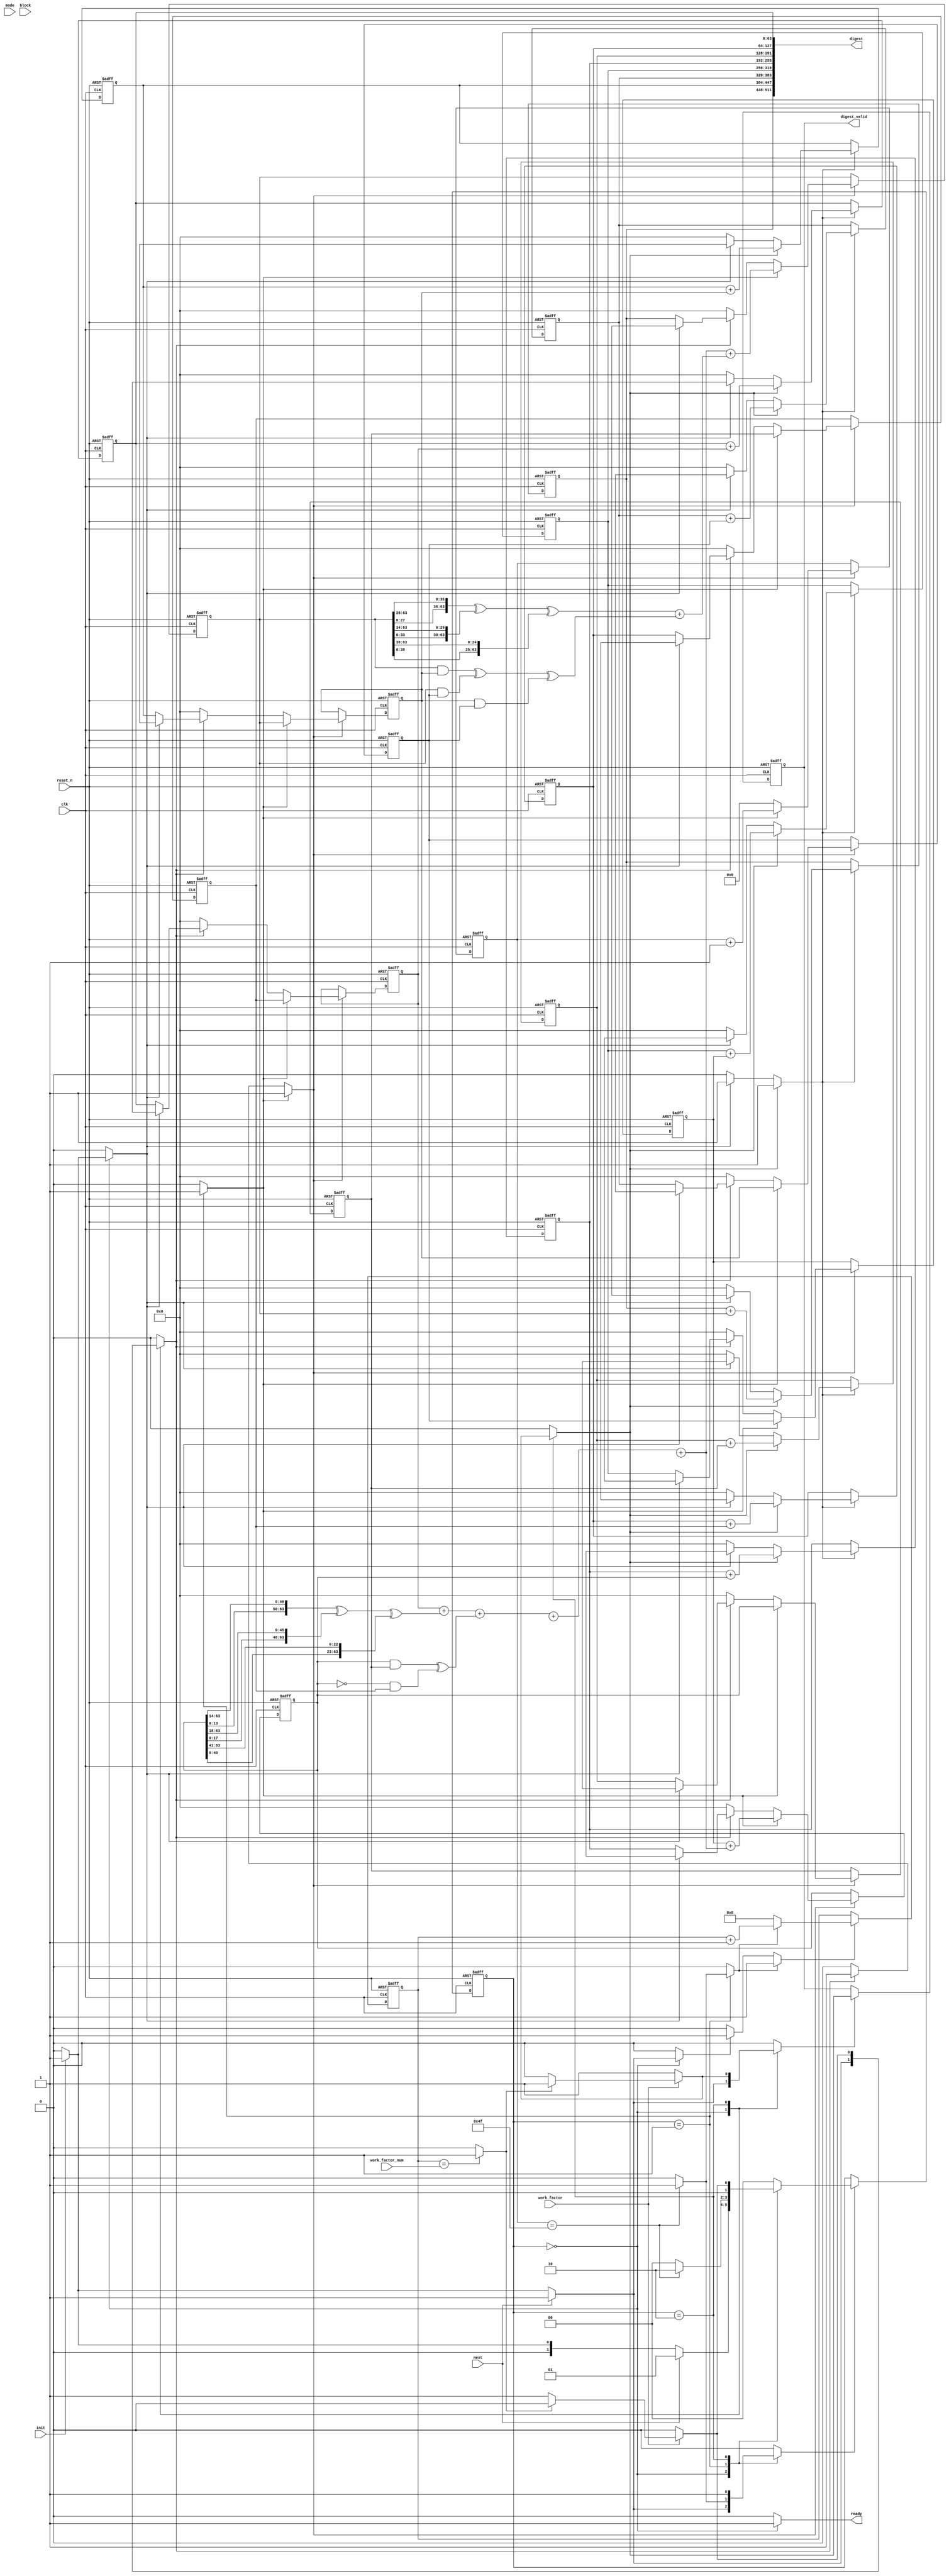
// This program was cloned from: https://github.com/NYU-MLDA/OpenABC
// License: BSD 3-Clause "New" or "Revised" License

module sha3_core(
                   input wire            clk,
                   input wire            reset_n,

                   input wire            init,
                   input wire            next,
                   input wire [1 : 0]    mode,

                   input wire            work_factor,
                   input wire [31 : 0]   work_factor_num,

                   input wire [1023 : 0] block,

                   output wire           ready,
                   output wire [511 : 0] digest,
                   output wire           digest_valid
                  );


  //----------------------------------------------------------------
  // Internal constant and parameter definitions.
  //----------------------------------------------------------------
  parameter SHA512_ROUNDS = 79;

  parameter CTRL_IDLE   = 0;
  parameter CTRL_ROUNDS = 1;
  parameter CTRL_DONE   = 2;


  //----------------------------------------------------------------
  // Registers including update variables and write enable.
  //----------------------------------------------------------------
  reg [63 : 0] a_reg;
  reg [63 : 0] a_new;
  reg [63 : 0] b_reg;
  reg [63 : 0] b_new;
  reg [63 : 0] c_reg;
  reg [63 : 0] c_new;
  reg [63 : 0] d_reg;
  reg [63 : 0] d_new;
  reg [63 : 0] e_reg;
  reg [63 : 0] e_new;
  reg [63 : 0] f_reg;
  reg [63 : 0] f_new;
  reg [63 : 0] g_reg;
  reg [63 : 0] g_new;
  reg [63 : 0] h_reg;
  reg [63 : 0] h_new;
  reg          a_h_we;

  reg [63 : 0] H0_reg;
  reg [63 : 0] H0_new;
  reg [63 : 0] H1_reg;
  reg [63 : 0] H1_new;
  reg [63 : 0] H2_reg;
  reg [63 : 0] H2_new;
  reg [63 : 0] H3_reg;
  reg [63 : 0] H3_new;
  reg [63 : 0] H4_reg;
  reg [63 : 0] H4_new;
  reg [63 : 0] H5_reg;
  reg [63 : 0] H5_new;
  reg [63 : 0] H6_reg;
  reg [63 : 0] H6_new;
  reg [63 : 0] H7_reg;
  reg [63 : 0] H7_new;
  reg          H_we;

  reg [6 : 0] t_ctr_reg;
  reg [6 : 0] t_ctr_new;
  reg         t_ctr_we;
  reg         t_ctr_inc;
  reg         t_ctr_rst;

  reg [31 : 0] work_factor_ctr_reg;
  reg [31 : 0] work_factor_ctr_new;
  reg          work_factor_ctr_rst;
  reg          work_factor_ctr_inc;
  reg          work_factor_ctr_done;
  reg          work_factor_ctr_we;

  reg digest_valid_reg;
  reg digest_valid_new;
  reg digest_valid_we;

  reg [1 : 0] sha512_ctrl_reg;
  reg [1 : 0] sha512_ctrl_new;
  reg         sha512_ctrl_we;


  //----------------------------------------------------------------
  // Wires.
  //----------------------------------------------------------------
  reg digest_init;
  reg digest_update;

  reg state_init;
  reg state_update;

  reg first_block;

  reg ready_flag;

  reg [63 : 0] t1;
  reg [63 : 0] t2;

  wire [63 : 0] k_data;

  reg           w_init;
  reg           w_next;
  wire [63 : 0] w_data;

  wire [63 : 0] H0_0;
  wire [63 : 0] H0_1;
  wire [63 : 0] H0_2;
  wire [63 : 0] H0_3;
  wire [63 : 0] H0_4;
  wire [63 : 0] H0_5;
  wire [63 : 0] H0_6;
  wire [63 : 0] H0_7;


  //----------------------------------------------------------------
  // Module instantiantions.
  //----------------------------------------------------------------


  //----------------------------------------------------------------
  // Concurrent connectivity for ports etc.
  //----------------------------------------------------------------
  assign ready = ready_flag;

  assign digest = {H0_reg, H1_reg, H2_reg, H3_reg,
                   H4_reg, H5_reg, H6_reg, H7_reg};

  assign digest_valid = digest_valid_reg;


  //----------------------------------------------------------------
  // reg_update
  // Update functionality for all registers in the core.
  // All registers are positive edge triggered with asynchronous
  // active low reset. All registers have write enable.
  //----------------------------------------------------------------
  always @ (posedge clk or negedge reset_n)
    begin : reg_update
      if (!reset_n)
        begin
          a_reg               <= 64'h0000000000000000;
          b_reg               <= 64'h0000000000000000;
          c_reg               <= 64'h0000000000000000;
          d_reg               <= 64'h0000000000000000;
          e_reg               <= 64'h0000000000000000;
          f_reg               <= 64'h0000000000000000;
          g_reg               <= 64'h0000000000000000;
          h_reg               <= 64'h0000000000000000;
          H0_reg              <= 64'h0000000000000000;
          H1_reg              <= 64'h0000000000000000;
          H2_reg              <= 64'h0000000000000000;
          H3_reg              <= 64'h0000000000000000;
          H4_reg              <= 64'h0000000000000000;
          H5_reg              <= 64'h0000000000000000;
          H6_reg              <= 64'h0000000000000000;
          H7_reg              <= 64'h0000000000000000;
          work_factor_ctr_reg <= 32'h00000000;
          digest_valid_reg    <= 0;
          t_ctr_reg           <= 7'h00;
          sha512_ctrl_reg     <= CTRL_IDLE;
        end
      else
        begin

          if (a_h_we)
            begin
              a_reg <= a_new;
              b_reg <= b_new;
              c_reg <= c_new;
              d_reg <= d_new;
              e_reg <= e_new;
              f_reg <= f_new;
              g_reg <= g_new;
              h_reg <= h_new;
            end

          if (H_we)
            begin
              H0_reg <= H0_new;
              H1_reg <= H1_new;
              H2_reg <= H2_new;
              H3_reg <= H3_new;
              H4_reg <= H4_new;
              H5_reg <= H5_new;
              H6_reg <= H6_new;
              H7_reg <= H7_new;
            end

          if (t_ctr_we)
            begin
              t_ctr_reg <= t_ctr_new;
            end

          if (work_factor_ctr_we)
            begin
              work_factor_ctr_reg <= work_factor_ctr_new;
            end

          if (digest_valid_we)
            begin
              digest_valid_reg <= digest_valid_new;
            end

          if (sha512_ctrl_we)
            begin
              sha512_ctrl_reg <= sha512_ctrl_new;
            end
        end
    end // reg_update


  //----------------------------------------------------------------
  // digest_logic
  //
  // The logic needed to init as well as update the digest.
  //----------------------------------------------------------------
  always @*
    begin : digest_logic
      H0_new = 64'h00000000;
      H1_new = 64'h00000000;
      H2_new = 64'h00000000;
      H3_new = 64'h00000000;
      H4_new = 64'h00000000;
      H5_new = 64'h00000000;
      H6_new = 64'h00000000;
      H7_new = 64'h00000000;
      H_we = 0;

      if (digest_init)
        begin
          H0_new = H0_0;
          H1_new = H0_1;
          H2_new = H0_2;
          H3_new = H0_3;
          H4_new = H0_4;
          H5_new = H0_5;
          H6_new = H0_6;
          H7_new = H0_7;
          H_we = 1;
        end

      if (digest_update)
        begin
          H0_new = H0_reg + a_reg;
          H1_new = H1_reg + b_reg;
          H2_new = H2_reg + c_reg;
          H3_new = H3_reg + d_reg;
          H4_new = H4_reg + e_reg;
          H5_new = H5_reg + f_reg;
          H6_new = H6_reg + g_reg;
          H7_new = H7_reg + h_reg;
          H_we = 1;
        end
    end // digest_logic


  //----------------------------------------------------------------
  // t1_logic
  //
  // The logic for the T1 function.
  //----------------------------------------------------------------
  always @*
    begin : t1_logic
      reg [63 : 0] sum1;
      reg [63 : 0] ch;

      sum1 = {e_reg[13 : 0], e_reg[63 : 14]} ^
             {e_reg[17 : 0], e_reg[63 : 18]} ^
             {e_reg[40 : 0], e_reg[63 : 41]};

      ch = (e_reg & f_reg) ^ ((~e_reg) & g_reg);

      t1 = h_reg + sum1 + ch + k_data + w_data;
    end // t1_logic


  //----------------------------------------------------------------
  // t2_logic
  //
  // The logic for the T2 function
  //----------------------------------------------------------------
  always @*
    begin : t2_logic
      reg [63 : 0] sum0;
      reg [63 : 0] maj;

      sum0 = {a_reg[27 : 0], a_reg[63 : 28]} ^
             {a_reg[33 : 0], a_reg[63 : 34]} ^
             {a_reg[38 : 0], a_reg[63 : 39]};

      maj = (a_reg & b_reg) ^ (a_reg & c_reg) ^ (b_reg & c_reg);

      t2 = sum0 + maj;
    end // t2_logic


  //----------------------------------------------------------------
  // state_logic
  //
  // The logic needed to init as well as update the state during
  // round processing.
  //----------------------------------------------------------------
  always @*
    begin : state_logic
      a_new  = 64'h00000000;
      b_new  = 64'h00000000;
      c_new  = 64'h00000000;
      d_new  = 64'h00000000;
      e_new  = 64'h00000000;
      f_new  = 64'h00000000;
      g_new  = 64'h00000000;
      h_new  = 64'h00000000;
      a_h_we = 0;

      if (state_init)
        begin
          if (first_block)
            begin
              a_new  = H0_0;
              b_new  = H0_1;
              c_new  = H0_2;
              d_new  = H0_3;
              e_new  = H0_4;
              f_new  = H0_5;
              g_new  = H0_6;
              h_new  = H0_7;
              a_h_we = 1;
            end
          else
            begin
              a_new  = H0_reg;
              b_new  = H1_reg;
              c_new  = H2_reg;
              d_new  = H3_reg;
              e_new  = H4_reg;
              f_new  = H5_reg;
              g_new  = H6_reg;
              h_new  = H7_reg;
              a_h_we = 1;
            end
        end

      if (state_update)
        begin
          a_new  = t1 + t2;
          b_new  = a_reg;
          c_new  = b_reg;
          d_new  = c_reg;
          e_new  = d_reg + t1;
          f_new  = e_reg;
          g_new  = f_reg;
          h_new  = g_reg;
          a_h_we = 1;
        end
    end // state_logic


  //----------------------------------------------------------------
  // t_ctr
  //
  // Update logic for the round counter, a monotonically
  // increasing counter with reset.
  //----------------------------------------------------------------
  always @*
    begin : t_ctr
      t_ctr_new = 7'h00;
      t_ctr_we  = 0;

      if (t_ctr_rst)
        begin
          t_ctr_new = 7'h00;
          t_ctr_we  = 1;
        end

      if (t_ctr_inc)
        begin
          t_ctr_new = t_ctr_reg + 1'b1;
          t_ctr_we  = 1;
        end
    end // t_ctr


  //----------------------------------------------------------------
  // work_factor_ctr
  //
  // Work factor counter logic.
  //----------------------------------------------------------------
  always @*
    begin : work_factor_ctr
      work_factor_ctr_new  = 32'h00000000;
      work_factor_ctr_we   = 0;
      work_factor_ctr_done = 0;

      if (work_factor_ctr_reg == work_factor_num)
        begin
          work_factor_ctr_done = 1;
        end

      if (work_factor_ctr_rst)
        begin
          work_factor_ctr_new  = 32'h00000000;
          work_factor_ctr_we   = 1;
        end

      if (work_factor_ctr_inc)
        begin
          work_factor_ctr_new  = work_factor_ctr_reg + 1'b1;
          work_factor_ctr_we   = 1;
        end
    end // work_factor_ctr


  //----------------------------------------------------------------
  // sha512_ctrl_fsm
  //
  // Logic for the state machine controlling the core behaviour.
  //----------------------------------------------------------------
  always @*
    begin : sha512_ctrl_fsm
      digest_init         = 0;
      digest_update       = 0;

      state_init          = 0;
      state_update        = 0;

      first_block         = 0;
      ready_flag          = 0;

      w_init              = 0;
      w_next              = 0;

      t_ctr_inc           = 0;
      t_ctr_rst           = 0;

      digest_valid_new    = 0;
      digest_valid_we     = 0;

      work_factor_ctr_rst = 0;
      work_factor_ctr_inc = 0;

      sha512_ctrl_new     = CTRL_IDLE;
      sha512_ctrl_we      = 0;


      case (sha512_ctrl_reg)
        CTRL_IDLE:
          begin
            ready_flag = 1;

            if (init)
              begin
                work_factor_ctr_rst = 1;
                digest_init         = 1;
                w_init              = 1;
                state_init          = 1;
                first_block         = 1;
                t_ctr_rst           = 1;
                digest_valid_new    = 0;
                digest_valid_we     = 1;
                sha512_ctrl_new     = CTRL_ROUNDS;
                sha512_ctrl_we      = 1;
              end

            if (next)
              begin
                work_factor_ctr_rst = 1;
                w_init              = 1;
                state_init          = 1;
                t_ctr_rst           = 1;
                digest_valid_new    = 0;
                digest_valid_we     = 1;
                sha512_ctrl_new     = CTRL_ROUNDS;
                sha512_ctrl_we      = 1;
              end
          end


        CTRL_ROUNDS:
          begin
            w_next       = 1;
            state_update = 1;
            t_ctr_inc    = 1;

            if (t_ctr_reg == SHA512_ROUNDS)
              begin
                work_factor_ctr_inc = 1;
                sha512_ctrl_new     = CTRL_DONE;
                sha512_ctrl_we      = 1;
              end
          end


        CTRL_DONE:
          begin
            if (work_factor)
              begin
                if (!work_factor_ctr_done)
                  begin
                    w_init              = 1;
                    state_init          = 1;
                    t_ctr_rst           = 1;
                    sha512_ctrl_new     = CTRL_ROUNDS;
                    sha512_ctrl_we      = 1;
                  end
                else
                  begin
                    digest_update    = 1;
                    digest_valid_new = 1;
                    digest_valid_we  = 1;
                    sha512_ctrl_new  = CTRL_IDLE;
                    sha512_ctrl_we   = 1;
                  end
              end
            else
              begin
                digest_update    = 1;
                digest_valid_new = 1;
                digest_valid_we  = 1;
                sha512_ctrl_new  = CTRL_IDLE;
                sha512_ctrl_we   = 1;
              end
          end
      endcase // case (sha512_ctrl_reg)
    end // sha512_ctrl_fsm

endmodule